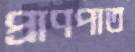
প্রাণপাত